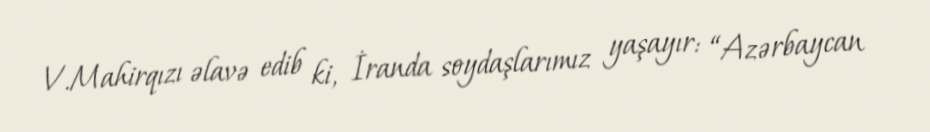
V.Mahirqızı əlavə edib ki, İranda soydaşlarımız yaşayır: “Azərbaycan